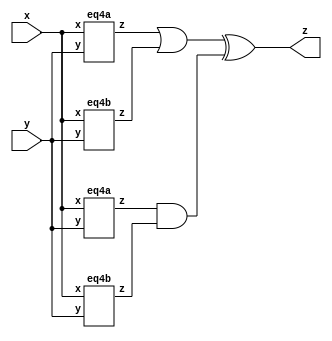
module top_module (input x, input y, output z);


wire z1,z2,z3,z4;
wire z5,z6;


eq4a IA1(x,y,z1);
eq4b IB1(x,y,z2);
eq4a IA2(x,y,z3);
eq4b IB2(x,y,z4);

assign z5=z1|z2;
assign z6=z3&z4;

assign z=z5^z6;
endmodule


// 10 11  ab  
module eq4a(
    input x,
    input y,
    output z
);


assign  z=(x^y)&x;
endmodule


module eq4b(
    input x,
    input y,
    output z
);

assign z=~(x^y);


endmodule